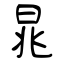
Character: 晁